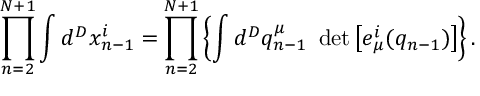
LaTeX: \prod _ { n = 2 } ^ { N + 1 } \int d ^ { D } x _ { n - 1 } ^ { i } = \prod _ { n = 2 } ^ { N + 1 } \left\{ \int d ^ { D } q _ { n - 1 } ^ { \mu } ~ \operatorname * { d e t } \left[ e _ { \mu } ^ { i } ( q _ { n - 1 } ) \right] \right\} .